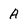
Character: A